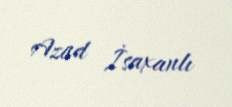
Azad İsaxanlı